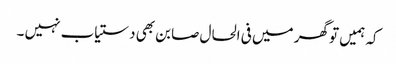
کہ ہمیں تو گھر میں فی الحال صابن بھی دستیاب نہیں ۔